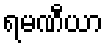
ရမဏီယာ